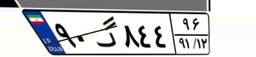
۹۰گ۸۴۴۹۶